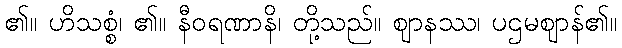
၏။ ဟိသစ္စံ၊ ၏။ နီဝရဏာနိ၊ တို့သည်။ ဈာနဿ၊ ပဌမဈာန်၏။